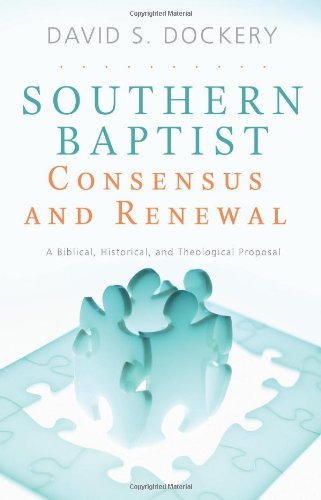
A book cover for Southern Baptist Consensus and Renewal: A Biblical, Historical, and Theological Proposal; David S. Dockery; Christian Books & Bibles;